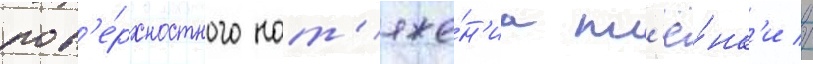
пов'е́рхностного нат'яже́н'иа пл'ё́нк'и //